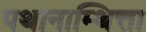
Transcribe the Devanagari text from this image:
पथानाम्थित्ता